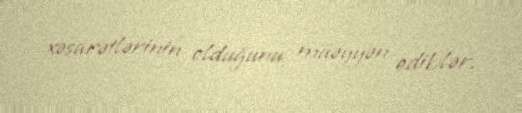
xəsarətlərinin olduğunu müəyyən ediblər.